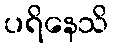
ပရိနေသိ